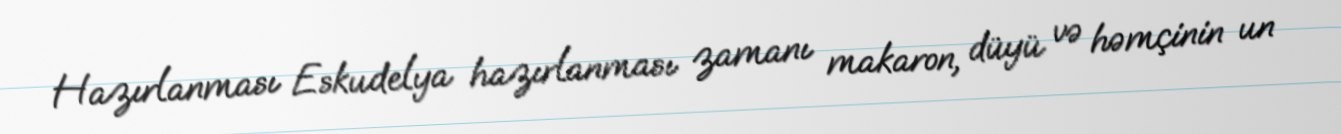
Hazırlanması Eskudelya hazırlanması zamanı makaron, düyü və həmçinin un